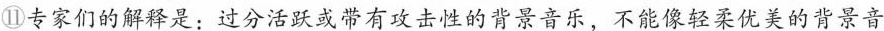
⑪专家们的解释是:过分活跃或带有攻击性的背景音乐，不能像轻柔优美的背景音